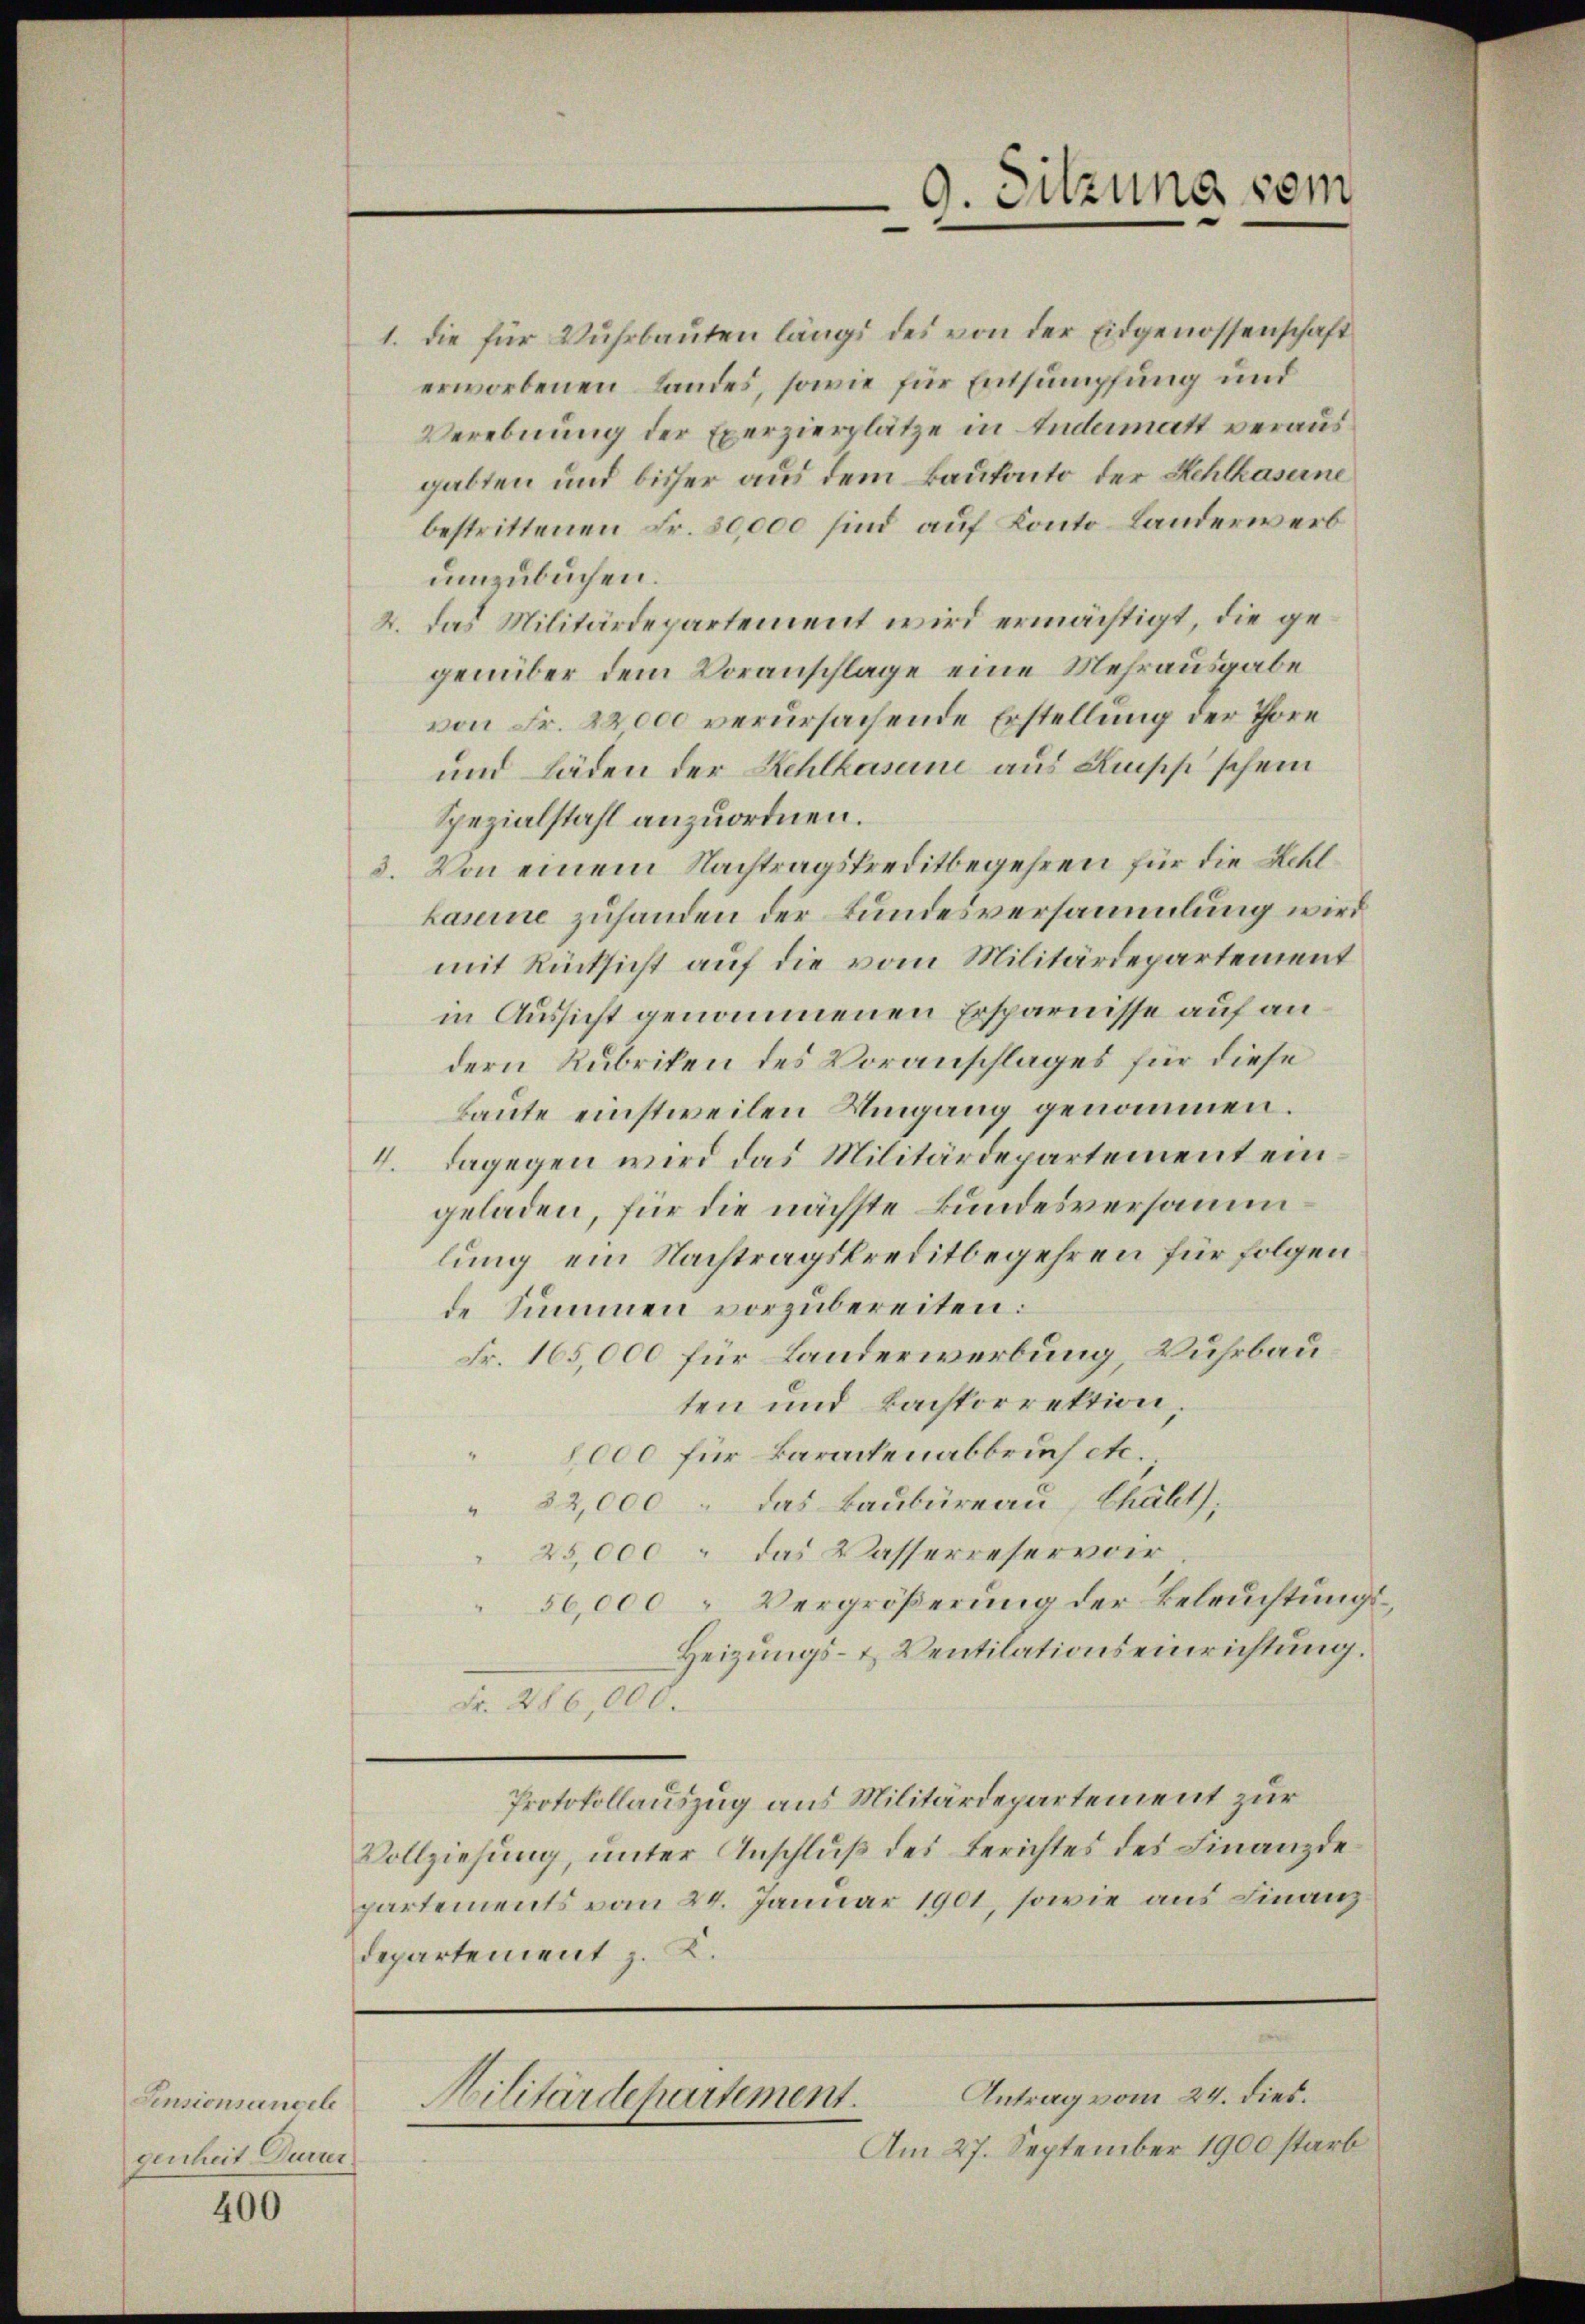
Sensionsancel
genheit Dürrer

400

1. die für Wuhrbauten längs des von der Eidgenossenschaft
erworbenen Landes, sowie für Entsumpfung und
Verebnung der Exerzierplätze in Andermatt verausgabten und bisher aus dem Bautanto der Kehlkaserne
bestrittenen Fr. 30,000 sind auf Konto Landerwerb
umzubuchen.
2. Das Militärdepartement wird ermächtigt, die gegenüber dem Voranschlage eine Mehrausgabe
von Fr. 22000 verursachende Erstellung der Thore
und Läden der Kehlkasene aus Risch schein
Spezialstahl anzuordnen.
3. Von einem Nachtragskreditbegehren für die Kehlkaserne zuhanden der Bundesversammlung wird
mit Rücksicht auf die vom Militärdepartement
in Aussicht genommenen Ersparnisse auf andern Rubriken des Voranschlages für diese
Baute einstweilen Umgang genommen.
4. Dagegen wird das Militärdepartement ein
geladen, für die nächste Bundesversamm
lung ein Nachtragskreditbegehren für folgen,
de Summen vorzubereiten.
Fr. 165,000 für Landerwerbung, Wuhrbauten und Bachkorrektion,
8,000 für Baractenabbruch etc.
"32,000 : das Baubüreau, Chält;
25,000 : das Wasserreservoir.
50,000 Vergrößerung der Beleuchtungs¬
Heizungs- & Ventilationseinrichtung.
Fr. 286,000.
Protokollauszug aus Militärdepartement zur
Vollziehung, unter Anschluß des Berichtes des Finanzde
partements vom 24. Januar 1901, sowie aus Finanzdepartement z. K.

9. Sitzung sei

Antrag vom 24. dies.
Militärdepartement.

Am 27. September 1900 starb